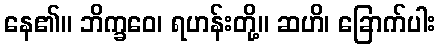
နေ၏။ ဘိက္ခဝေ၊ ရဟန်းတို့။ ဆဟိ၊ ခြောက်ပါး